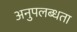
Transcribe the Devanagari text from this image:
अनुपलब्‍धता